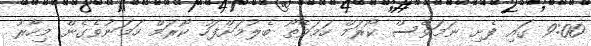
9:00 ގައި ފެށި ނަމަވެސް ކޯރަމް ހަމަވޭތޯ ބެލުމަށްފަހު ކޯރަމް ހަމަނުވެގެން މިހާރު